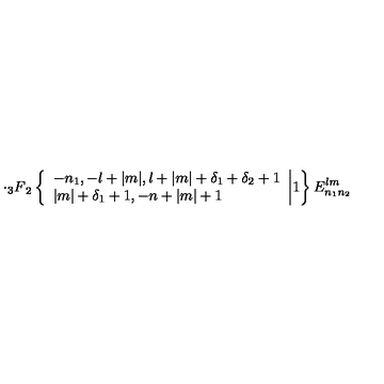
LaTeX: \cdot { _ 3 F } _ { 2 } \left\{ \begin{array} { l } { - n _ { 1 } , - l + | m | , l + | m | + \delta _ { 1 } + \delta _ { 2 } + 1 } \\ { | m | + \delta _ { 1 } + 1 , - n + | m | + 1 } \\ \end{array} \biggr | 1 \right\} E _ { n _ { 1 } n _ { 2 } } ^ { l m }